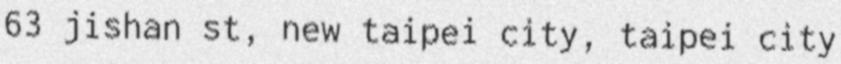
63 jishan st, new taipei city, taipei city